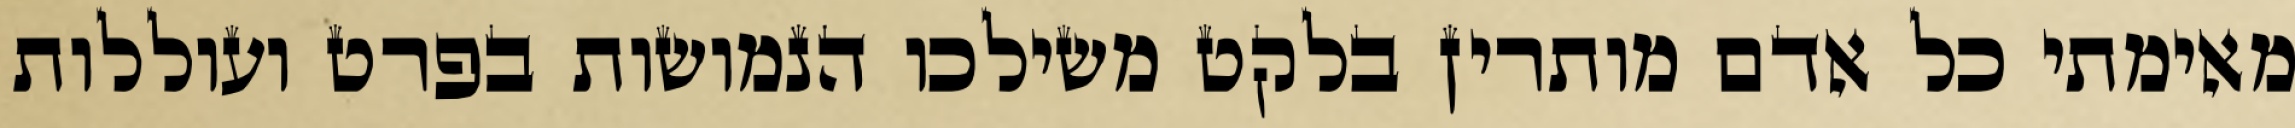
מאימתי כל אדם מותרין בלקט משילכו הנמושות בפרט ועוללות